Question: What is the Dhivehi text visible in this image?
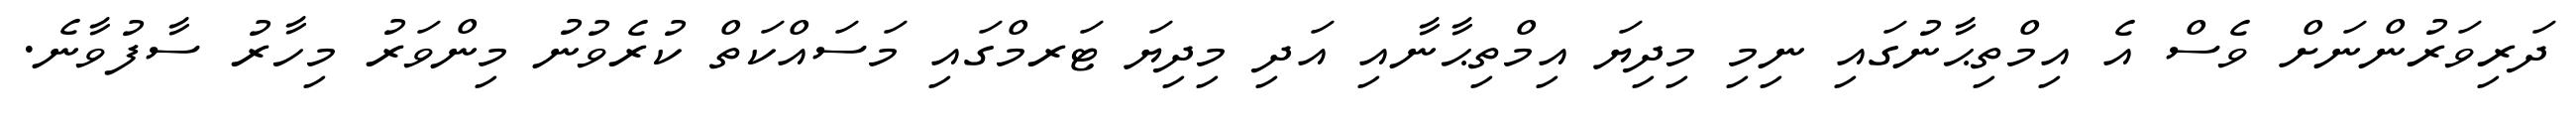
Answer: ދަރިވަރުންނަށް ވެސް އެ އިމްތިޙާނުގައި ނިމި މިދިޔަ އިމްތިޙާނާއި އަދި މިދިޔަ ޓަރމްގައި މަސައްކަތް ކުރެވުނު މިންވަރު މިހާރު ސާފުވާނެ.